Bréfritari: Guðný Jónsdóttir
Viðtakandi: Jón Borgfirðingur
Dagsetning: A-1898-12-01
Skrifað á: Sauðafelli  Dal.
Dóttir Jóns Borgfirðings

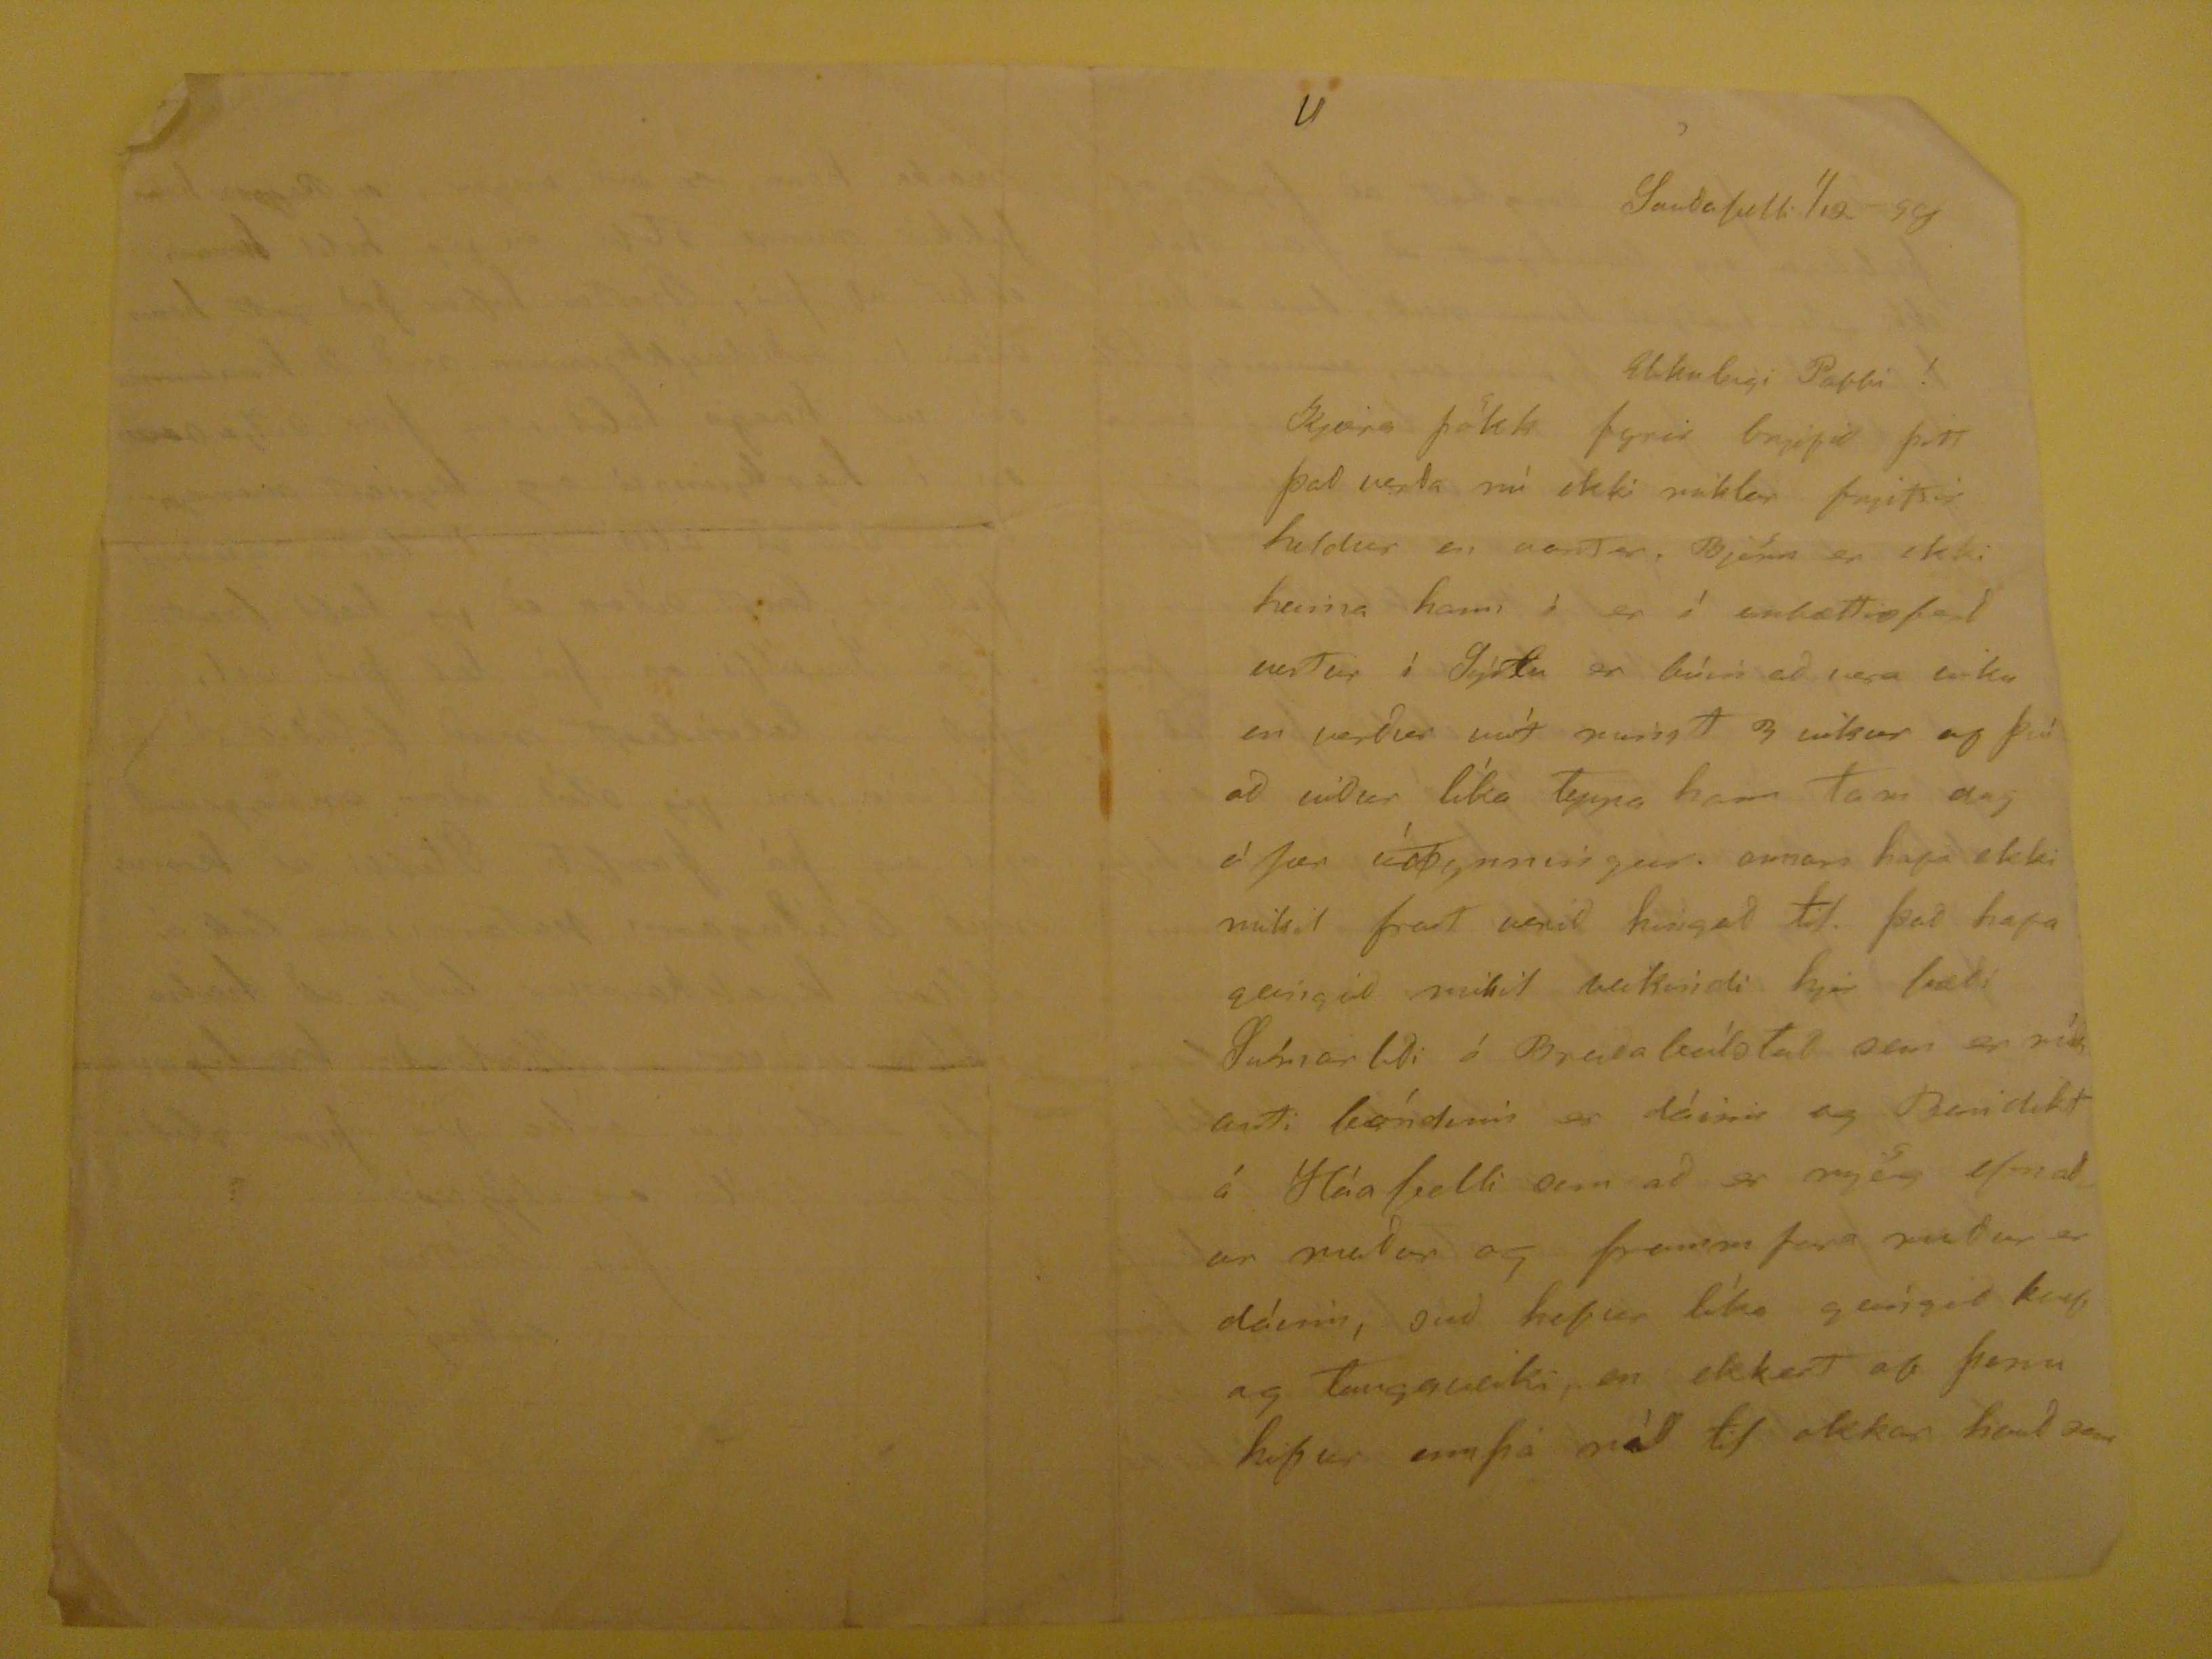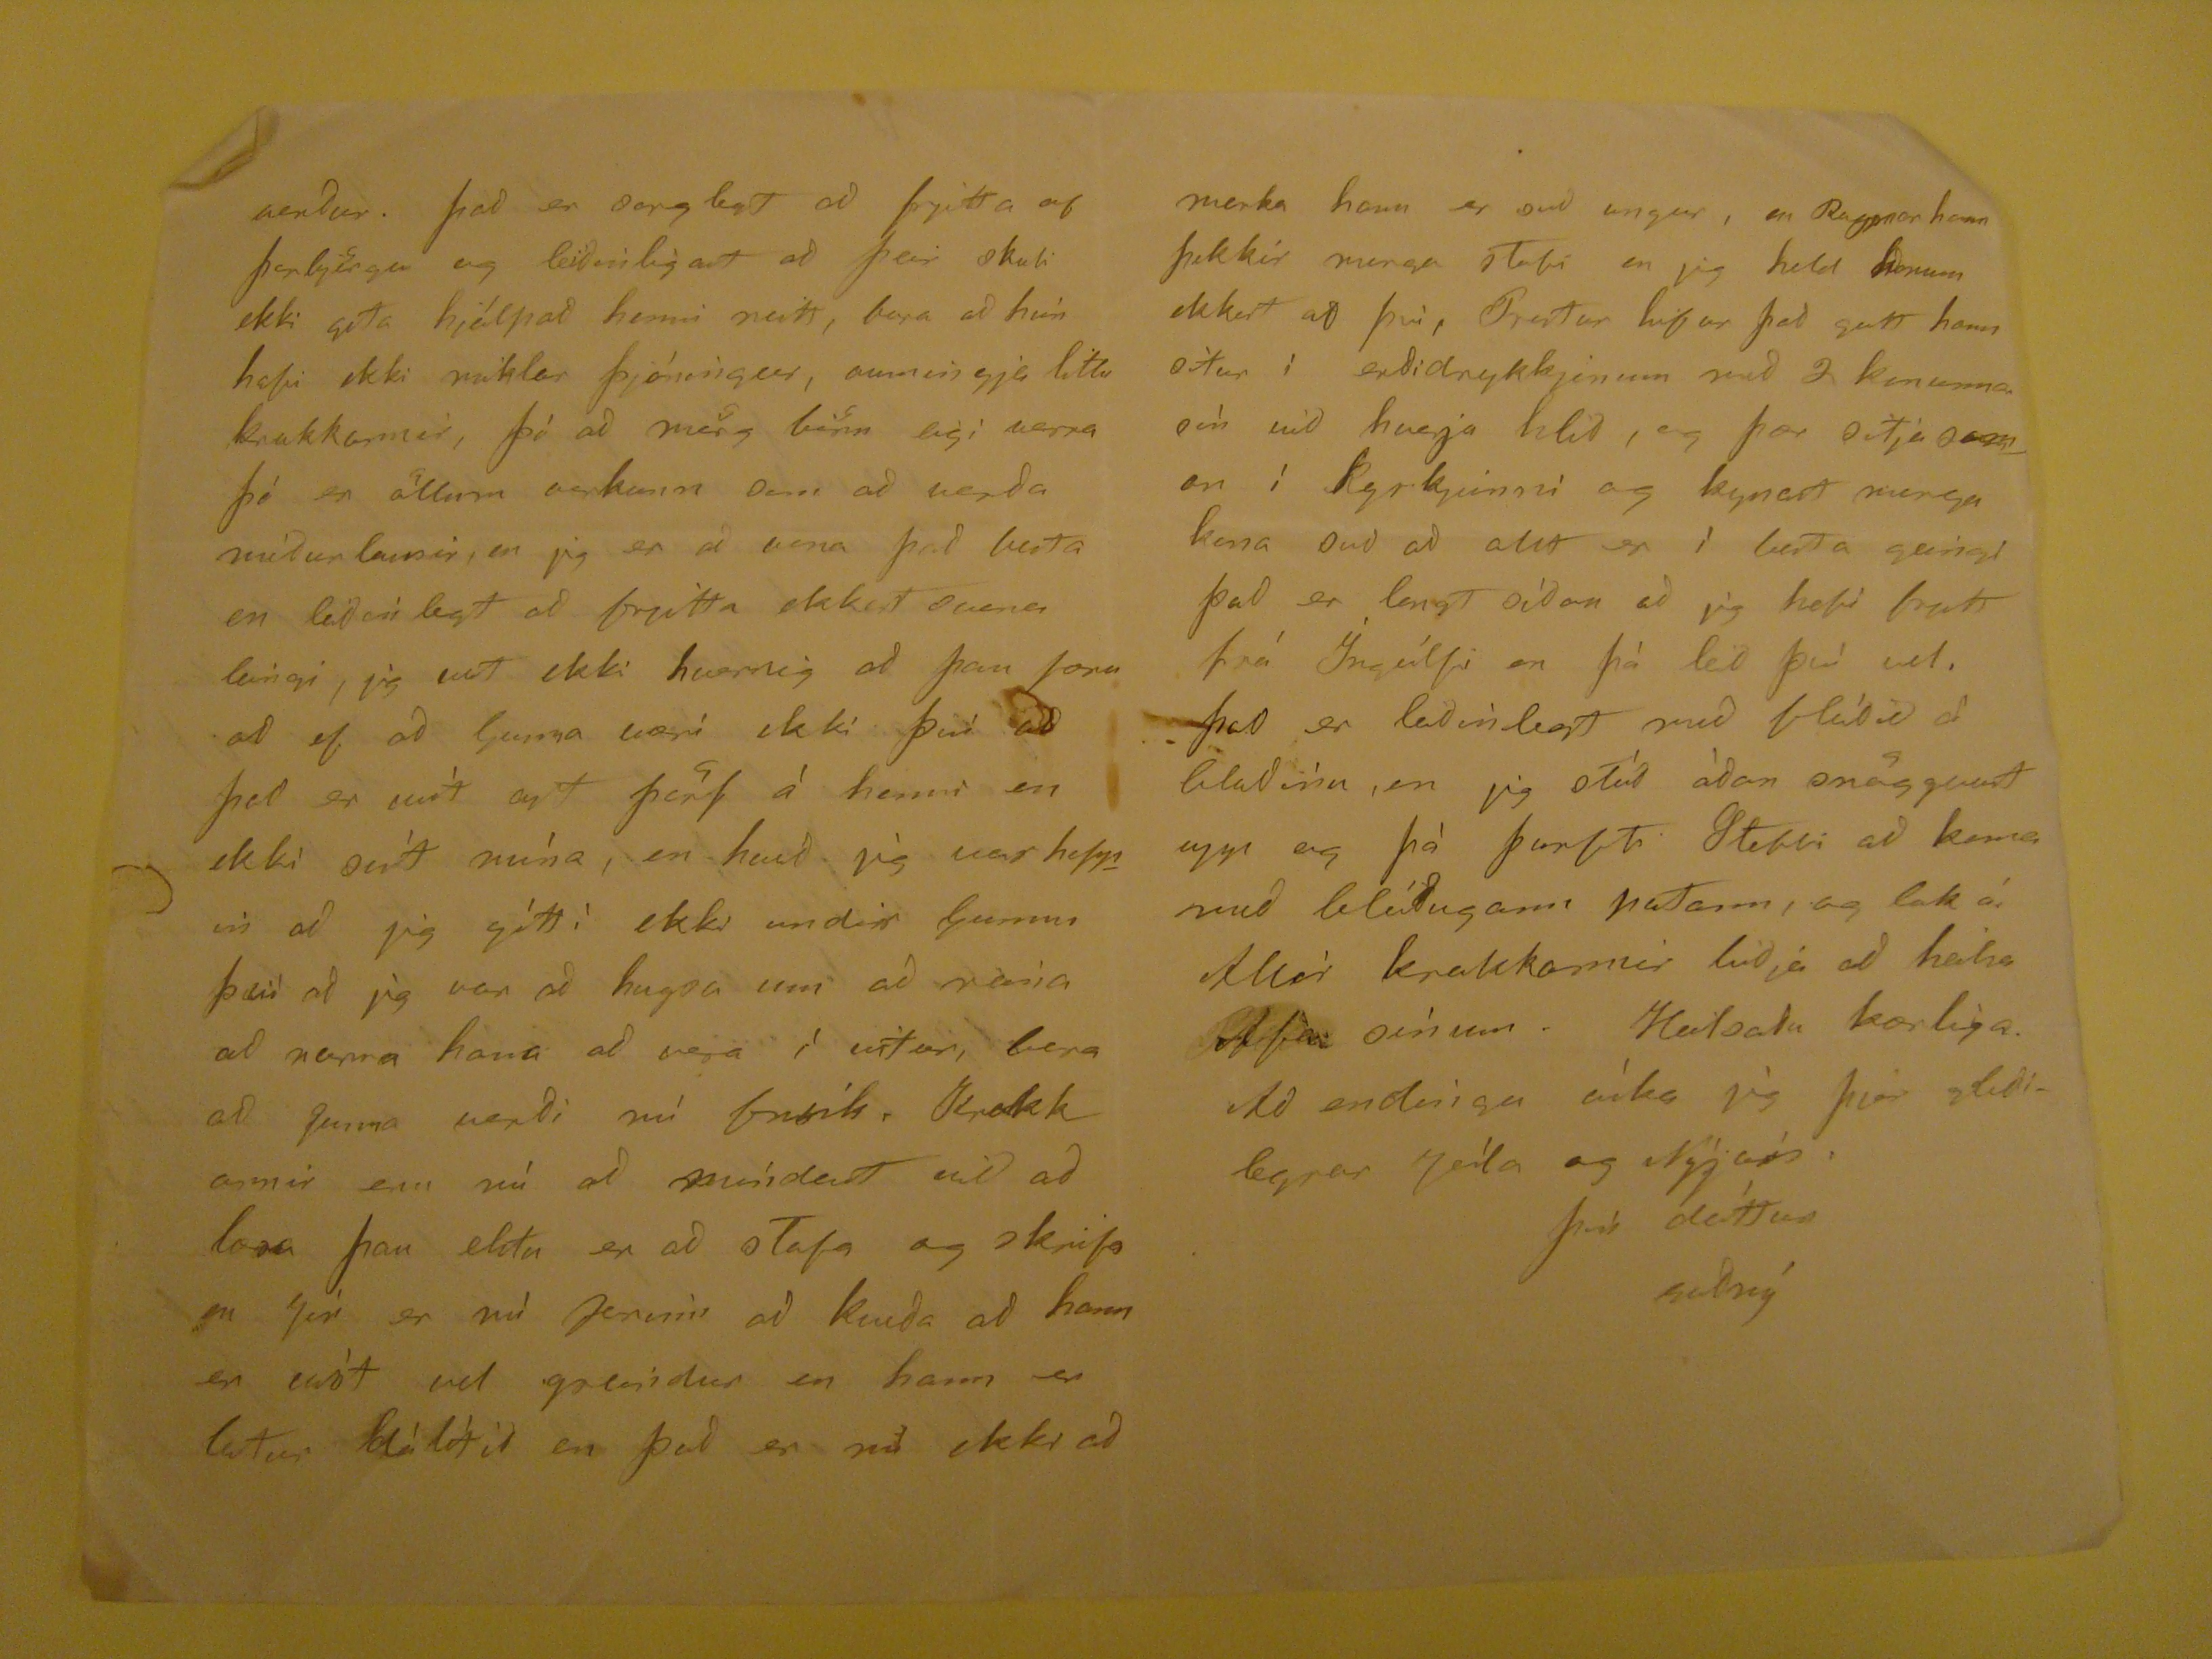

Sauðafelli 1/12 98
Elskuleigi Pabbi!
Kjæra þökk fyrir brjefið þitt það verða nú ekki miklar frjittir heldur en
vontar
. Björn er ekki heima hann í er í embættisferð verður í Sýslu er búin að vera viku en verður víst minst 3 vikur og því að
viður
líka
Tepja
hann tan dag á þær úrþynningur. annars hafa ekki mikil frost verið hingað til. það hafa geingið mikil veikindi hjer bæði Sumarliði á Breiðabólstað sem er ríðandi bóndinn er dáinn og Benidikt á Háafelli sem að er mjög efnaður maður og framm fara maður er dáinn,
guð
hefur líka geingit kvef og Taugaveiki, en ekkert af þessu hifur ennþá nád til okkar hvað sem
verður. það er sorglegt að frjitta af þorbjörgu og leiðinligast að þeir skuli ekki geta hjálpað henni neitt, bara að hún hafi ekki miklar þjáningar, aumingja litlu krakkarnir, þó að mörg börn eigi verra þá er öllum vorkunn sem að verða niðurlausir, en jig er að vona það besta en leiðinlegt að frjitta ekkert svna leingi, jig veit ekki hvernig að þau foru að ef að Gunna væri ekki því að það er víst
ant
þörf à henni en ekki síst nùna, en hvað jig var heppin að jig
sótti
ekki undir Gunnu því að jig var að hugsa um að reina að
nema
hana að vera ì vetur, bara að Gunna verði nú frísk. Krakkarnir eru nú að
míndast
við að lesa þau
ekta
en að stafa og skrifa en Jón er nù farinn að kvíða að hann er víst vel greindur en hann er latur dàlìtið en það er nú ekki að
marka hann er svo ungur, en Ragnar hann þekkir marga stafi en jig held honum ekkert að því, Prestur hifur það satt hann situr í erðidrykkjinum með 2
konanna
sín við hverja hlið, og þær sitja saman í Kyrkjunni og kynast marga kona svo að allt er ì besta gangi það er langt sìðan að jig hefi flutt frá Íngólfi en þá leið þú vel. það er leiðinlegt með flóðið á blaðinu, en jig stóð àðan snöggvast upp og þà þurfti Stebbi að koma með blóðugann
patann
, og lak á. Allir Krakkarnir biðja að heilsa Afa sínum. Heilsaðu kærliga. Að endíngu óska jig þjer gleðilegrar jóla og Nýjárs.
þín dóttur
Guðný